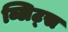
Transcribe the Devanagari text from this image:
ब्लिट्स